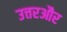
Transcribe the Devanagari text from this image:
उत्तरऔर